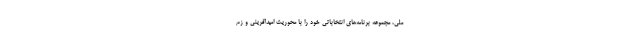
ملی، مجموعه برنامه‌های انتخاباتی خود را با محوریت امیدآفرینی و زم